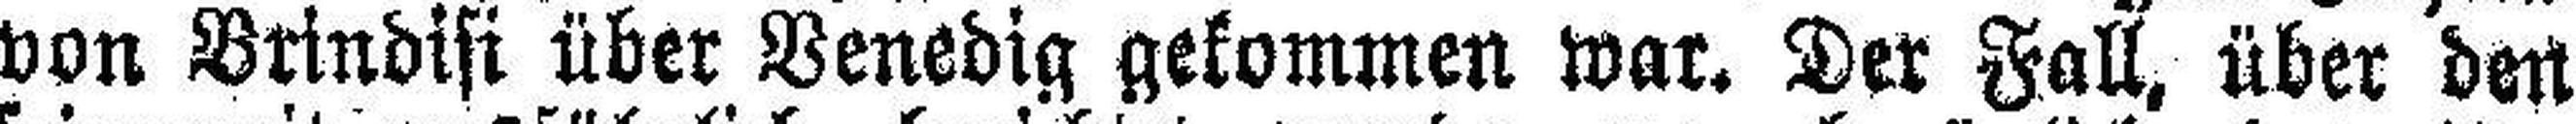
von Brindisi über Venedig gekommen war. Der Fall, über den